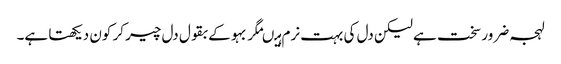
لہجہ ضرور سخت ہے لیکن دل کی بہت نرم ہیںمگر بہو کے بقول دل چیر کر کون دیکھتا ہے۔